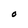
Character: O